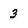
Character: 3